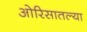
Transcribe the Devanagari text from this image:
ओरिसातल्या